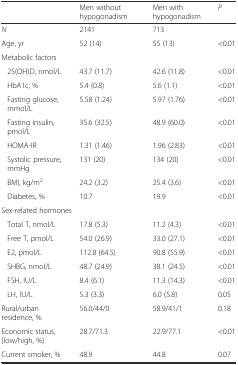
<table><thead><tr><td></td><td><b>Men without hypogonadism</b></td><td><b>Men with hypogonadism</b></td><td><b><i>P</i></b></td></tr></thead><tbody><tr><td><i>N</i></td><td>2141</td><td>713</td><td></td></tr><tr><td>Age, yr</td><td>52 (14)</td><td>55 (13)</td><td>&lt;0.01</td></tr><tr><td>Metabolic factors</td><td></td><td></td><td></td></tr><tr><td>25(OH)D, nmol/L</td><td>43.7 (11.7)</td><td>42.6 (11.8)</td><td>&lt;0.01</td></tr><tr><td>HbA1c, %</td><td>5.4 (0.8)</td><td>5.6 (1.1)</td><td>&lt;0.01</td></tr><tr><td>Fasting glucose, mmol/L</td><td>5.58 (1.24)</td><td>5.97 (1.76)</td><td>&lt;0.01</td></tr><tr><td>Fasting insulin, pmol/L</td><td>35.6 (32.5)</td><td>48.9 (60.0)</td><td>&lt;0.01</td></tr><tr><td>HOMA-IR</td><td>1.31 (1.46)</td><td>1.96 (2.83)</td><td>&lt;0.01</td></tr><tr><td>Systolic pressure, mmHg</td><td>131 (20)</td><td>134 (20)</td><td>&lt;0.01</td></tr><tr><td>BMI, kg/m<sup>2</sup></td><td>24.2 (3.2)</td><td>25.4 (3.6)</td><td>&lt;0.01</td></tr><tr><td>Diabetes, %</td><td>10.7</td><td>19.9</td><td>&lt;0.01</td></tr><tr><td>Sex-related hormones</td><td></td><td></td><td></td></tr><tr><td>Total T, nmol/L</td><td>17.8 (5.3)</td><td>11.2 (4.3)</td><td>&lt;0.01</td></tr><tr><td>Free T, pmol/L</td><td>54.0 (26.9)</td><td>33.0 (27.1)</td><td>&lt;0.01</td></tr><tr><td>E2, pmol/L</td><td>112.8 (64.5)</td><td>90.8 (55.9)</td><td>&lt;0.01</td></tr><tr><td>SHBG, nmol/L</td><td>48.7 (24.9)</td><td>38.1 (24.5)</td><td>&lt;0.01</td></tr><tr><td>FSH, IU/L</td><td>8.4 (6.1)</td><td>11.3 (14.3)</td><td>&lt;0.01</td></tr><tr><td>LH, IU/L</td><td>5.3 (3.3)</td><td>6.0 (5.8)</td><td>0.05</td></tr><tr><td>Rural/urban residence, %</td><td>56.0/44/0</td><td>58.9/41/1</td><td>0.18</td></tr><tr><td>Economic status, {low/high, %}</td><td>28.7/71.3</td><td>22.9/77.1</td><td>&lt;0.01</td></tr><tr><td>Current smoker, %</td><td>48.9</td><td>44.8</td><td>0.07</td></tr></tbody></table>